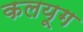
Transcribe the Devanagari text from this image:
कलयूग